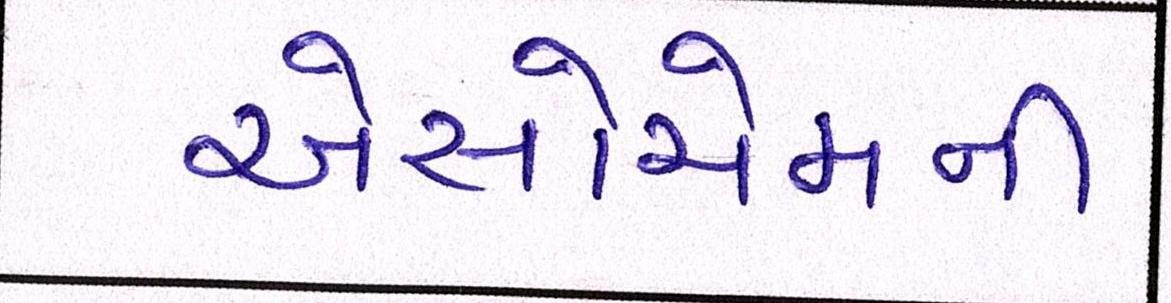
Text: એસોચેમની